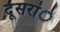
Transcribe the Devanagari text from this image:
दूसरांे